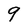
Character: 9